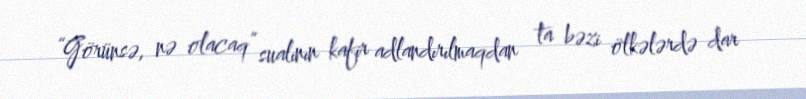
“Görünsə, nə olacaq” sualının kafir adlandırılmaqdan ta bəzi ölkələrdə dar